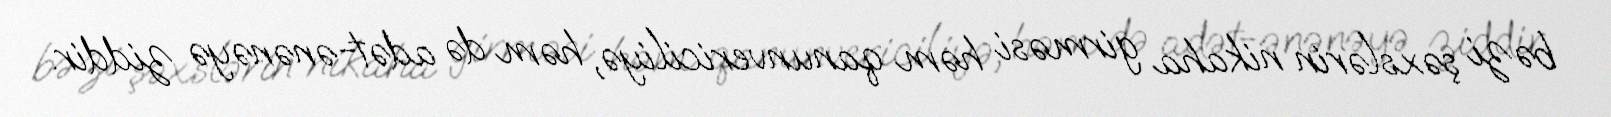
bəzi şəxslərin nikaha girməsi həm qanunvericiliyə, həm də adət-ənənəyə ziddir.